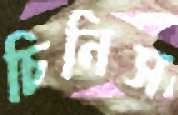
চিনিস